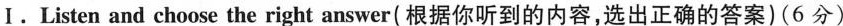
Ⅰ. Listen and choose the right answer(根据你听到的内容,选出正确的答案)(6 分)